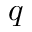
q